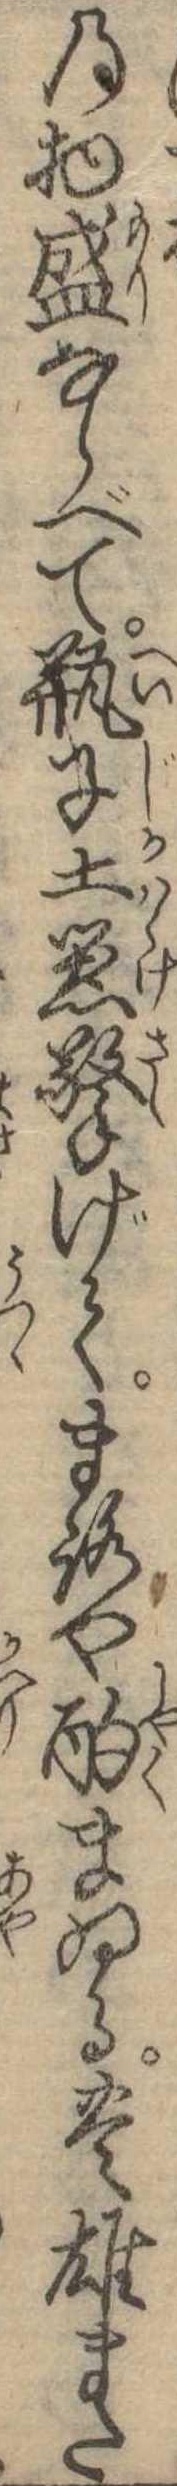
の物盛ならべて瓶子土器げてまろや酌まゐる豊雄また